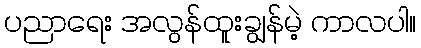
ပညာရေး အလွန်ထူးချွန်မဲ့ ကာလပါ။